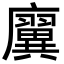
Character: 㢞